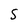
Character: S